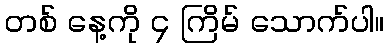
တစ် နေ့ကို ၄ ကြိမ် သောက်ပါ။